画像に写った文字を読んでください
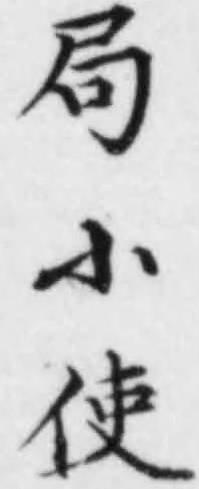
「局小使」と書いてあります